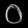
Digit: ၀